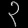
Digit: ၃